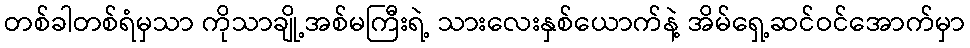
တစ်ခါတစ်ရံမှသာ ကိုသာချို့အစ်မကြီးရဲ့ သားလေးနှစ်ယောက်နဲ့ အိမ်ရှေ့ဆင်ဝင်အောက်မှာ